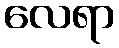
လေရာ